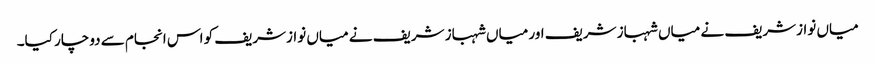
میاں نوازشریف نے میاں شہباز شریف اور میاں شہباز شریف نے میاں نوازشریف کو اس انجام سے دوچار کیا۔